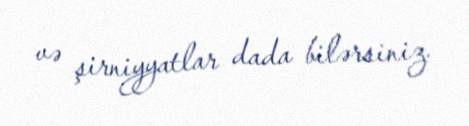
və şirniyyatlar dada bilərsiniz.